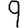
Digit: 9